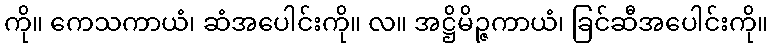
ကို။ ကေသကာယံ၊ ဆံအပေါင်းကို။ လ။ အဋ္ဌိမိဉ္ဇကာယံ၊ ခြင်ဆီအပေါင်းကို။